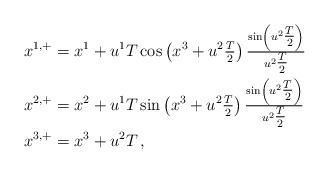
LaTeX: \begin{align*}\begin{aligned}x^{1,+} & =x^{1}+u^{1}T\cos\left(x^{3}+u^{2}\tfrac{T}{2}\right)\tfrac{\sin\left(u^{2}\tfrac{T}{2}\right)}{u^{2}\tfrac{T}{2}}\\x^{2,+} & =x^{2}+u^{1}T\sin\left(x^{3}+u^{2}\tfrac{T}{2}\right)\tfrac{\sin\left(u^{2}\tfrac{T}{2}\right)}{u^{2}\tfrac{T}{2}}\\x^{3,+} & =x^{3}+u^{2}T\,,\end{aligned}\end{align*}